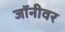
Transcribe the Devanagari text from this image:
जॉनीवर